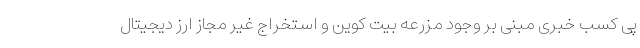
پی کسب خبری مبنی بر وجود مزرعه بیت کوین و استخراج غیر مجاز ارز دیجیتال